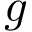
g